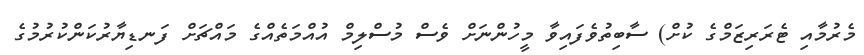
މެރުމާއި ޓެރަރިޒަމްގެ ކުށް) ސާބިތުވެފައިވާ މީހުންނަށް ވެސް މުސްލިމް އުއްމަތެއްގެ މައްޗަށް ފަނޑިޔާރުކަންކުރުމުގެ